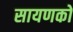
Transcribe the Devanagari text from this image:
सायणको